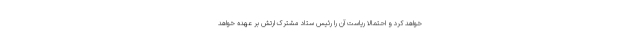
خواهد کرد و احتمالا ریاست آن را رئیس ستاد مشترک ارتش بر عهده خواهد